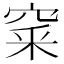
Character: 𥦓